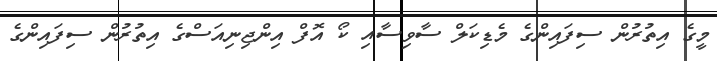
މީގެ އިތުރުން ސިފައިންގެ މެޑިކަލް ސާވިސާއި ކޯ އޮފް އިންޖިނިއަސްގެ އިތުރުން ސިފައިންގެ